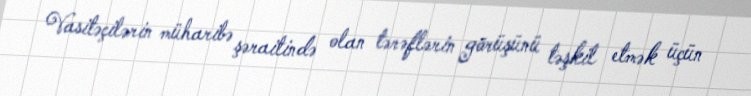
Vasitəçilərin müharibə şəraitində olan tərəflərin görüşünü təşkil etmək üçün